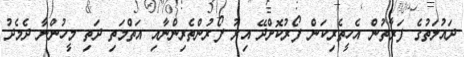
ދައުލަތުގެ ފަރާތުން އެހީތެރިކަން ފޯރުކޮށްދޭ އިރު ފޯރުންތެރިންނާއި އަތްމަތި ދަތި މީހުންނާ ދެމެދު